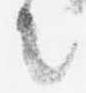
言